Vital statistics of India. Vol. VI, European troops 1870-79
Year: 1870
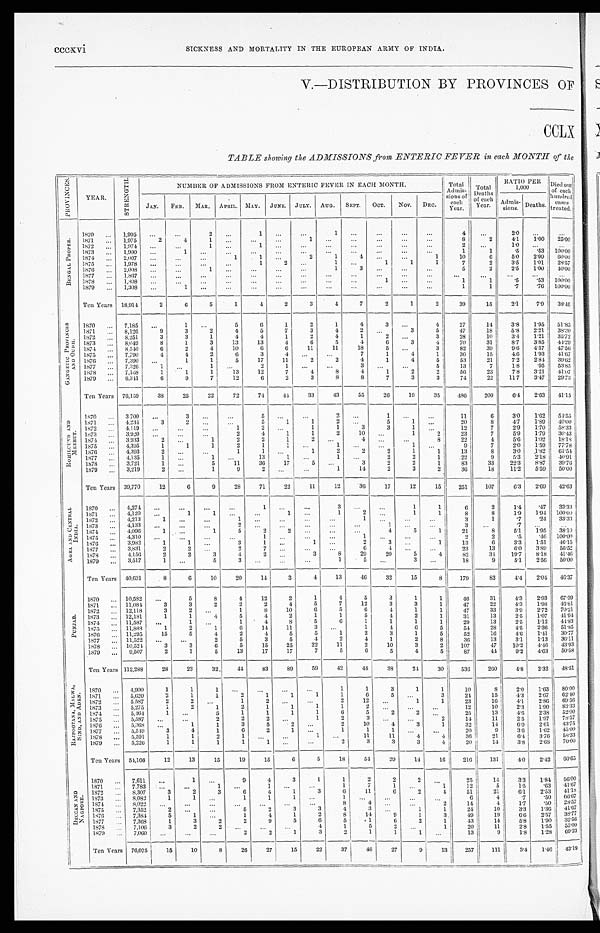
S I C K N E S S A N D MO R T A L I T Y I N T H E E U R O P E A N A R MY O F I N D I A .
V.—DISTRIBUTION BY PROVINCES OF
CCLX
TABLE showing the ADMISSIONS from ENTERIC FEVER in each MONTH of the
P R O V I N C E S .
YEAR.
S T R E N G T H .
NUMBER OF ADMISSIONS FROM ENTERIC FEVER IN EACH MONTH.
Total
Admis-
sions of e a c h
Year.
Total
D e a t h s
of
e a c h
Year.
RATIO PER
1,000
Died out
of each
hundred
cases
treated.
JAN. FEB. MAR. APRIL. MAY. JUNE. JULY. AUG. SEPT. OCT. NOV. DEC.
Admis-
sions. Deaths.
B E N G A L P R O P E R .
1870
. . . 1,995 ...
. . .
2
. . .
1
...
...
1 ...
. . .
. . .
. . .
4
. . .
2.0
. . .
. . .
1871 ... 1,975
2
4
1
. . .
. . .
...
1
. . .
. . .
. . .
. . .
. . .
8
2
4.1
1 . 0 0
2 5 . 0 0
1872
. . . 1,974
. . .
. . .
1
. . .
1
. . .
. . . ...
. . .
. . .
. . . ...
2 . . .
1 . 0
. . .
. . .
1873 ... 1,900
. . .
1
. . . ...
. . . ...
. . . ...
. . .
...
. . .
. . .
1
1
. 5
. 5 3
1 0 0 . 0 0
1874 ...
2
,007 ...
...
...
1
1 ...
2
1
4
. . .
...
1
10
6
5. 0
2 . 9 9 60.00
1875 ... 1,978 ...
...
...
. . .
1
2 ...
1
. . .
1
1
1
7 2
3 . 5
1 . 0 1
2 8 . 5 7
1876
2,008 ...
...
1
. . .
. . .
...
...
1
3
. . .
. . .
...
5
2
2.5
1.00
4 0 . 0 0
1877 ... 1,867
. . . ...
. . .
...
...
...
...
. . .
. . .
. . .
...
. . .
. . .
. . .
. . .
. . .
. . .
1878 ... 1,898
. . .
. . . ...
...
... ...
. . .
...
...
1
. . .
...
1
1
. 5
. 5 3
1 0 0 . 0 0
1879 ... 1,308 ...
1 ...
. . .
. . . ...
. . .
. . .
. . .
. . .
...
. . .
1
1
.7
.76 100.00
Ten Years 18,914
2
6
5
1
4
2
3
4
7
2
1
2
39
15
2.1
7.9 38.46
G A N G E T I C P R O V I N C E S
A N D O U D H . 1870 ... 7,185 ...
1 ...
5
6
1
2
1
4
3
. . .
4
27
1 4
3 . 8
1 . 9 5
5 1 . 8 5
1871
. . . 8,126
9
3
2
4
5
7
3
4
2
. . .
3
5
4 7 18
5.8
2 . 2 1
3 8 . 3 0
1872 ... 8,251
3
3
1
4
4
1
2
4
1
2
. . .
3 2 8 10
3 . 4
1 . 2 1
3 5 . 7 2
1873 ... 8,049
8
1
3
13
13
4
6
5
4
6
3
4
7 0 3 1
8 . 7
3 . 8 5
4 4 . 2 9
1874 ... 8,540
6
2
4
10
6
6
11
11
1 8
5
. . .
3
8 2 3 9
9 . 6
4 . 5 7 47. 56
1875 ... 7,790
4
4
2
6
3
4 ...
. . .
7
1
4
1
3 6 1 5
4.6
1 . 9 3 41. 67
1876
. . . 7,390 ...
1
1
5
17
11
2
2
4
1
4
5 5 3 2 1
7 . 2
2 . 8 4
3 9 . 6 2
1877
. . . 7,326
1 ...
1 ...
2
1
. . .
. . .
3
. . .
. . .
5
1 3 7
1 . 8
. 9 5
5 3 . 8 5
1878
. . . 7,168
1
1
1
13
12
7
4
8
4
1
2
2
5 6 2 3
7.8
3 . 2 1
4 1 . 0 7
1879 ... 6,341
6
9
7
12
6
2
3
8
8
7
3
3
74
22
11.7
3.47 29.73
Ten Years 76,159
38
25
22
72
74
44
33
43
55
26
19
35
486
200
6.4 2.63 4 1 . 1 5
R O H I L C U N D A N D
MEERUT.
1870
. . . 3,700
. . .
3 ...
. . .
5
. . .
. . .
2
. . .
1
. . .
. . .
11
6
3 . 0
1 . 6 2
5 4 . 5 5
1871 ... 4,234
3
2 ...
. . .
5
1
1
2
. . .
5
1 ...
2 0 8
4 . 7
1 . 8 9
4 0 . 0 0
1872
. . . 4,119 ...
...
...
1
2 ...
1
1
3
3
1
...
1 2 7
2 . 9
1 . 7 0
5 8 . 3 3
1873
. . . 3,920 ...
. . .
. . .
2
4 1
1
2
10
. . .
1 2
2 3 7
5.9
1.79
3 0 . 4 3
1874 ... 3,933
2
. . .
1
2
2
1
2
. . .
4 ...
. . .
8
22
4
5.6 1.02
1 8 . 1 8
1875 ... 4,395
1
1
1
2
1
1
. . . 1
. . .
. . .
1
. . .
9 7
2 . 0 1.59
7 7 . 7 8
1876 ... 4,393
2 ...
...
1
1
. . . 1
2
2
2
1
1
1 3
8
3 . 0
1 . 8 2
6 1 . 5 4
1877 ... 4,135
1
. . .
1
. . . 13
1 ...
1
. . .
2
2
1
2 2 9
5 . 3
2 . 1 8
4 0 . 9 1
1878
. . . 3,721
1 ...
5
11
36
17
5
. . .
3
2
2
1
8 3 3 3
2 2 . 3
8 . 8 7
3 9 . 7 6
1879 ... 3,219
2 ...
1
9
2
. . . ...
1
14
2
3
2
36
18
11.2 5.59 50. 00
Ten Years 39,770
12
6
9
28
71
22
11
12
36
17
12
15
251
107
6.3 2.69 42. 63
A G R A A N D C E N T R A L
I N D I A . 1870 ... 4,274
. . .
...
...
...
1
. . .
...
3
...
. . .
1
1
6
2
1 . 4
. 4 7
3 3 . 3 3
1871 ... 4,120
. . .
1
1 ...
...
1
...
1
2
. . .
1 1
8
8
1 . 9
1 . 9 4
1 0 0 . 0 0
1872 ... 4,213
1 ...
...
1
. . . ...
...
. . .
1
. . .
. . .
. . .
3
1
. 7 .24
3 3 . 3 3
1873 ... 4,133
. . .
... ...
2
. . . ...
...
. . .
. . .
1
. . . ...
3
. . .
.7
. . .
. . .
1874
. . . 4,096
1
. . .
1
5
2 2
...
. . . ...
4
5
1
2 1 8
5 . 1
1 . 9 5
3 8 . 1 0
1875 ... 4,310 ...
. . .
...
...
1 ...
. . .
. . .
1
. . .
. . .
. . . 2 2
. 5
. 4 6
1 0 0 . 0 0
1876 ... 3,982
1
1 ...
3
1
...
1
...
2
3
...
1
1 3
6
3 . 3
1 . 5 1
4 6 . 1 5
1877 ... 3,831
2
2 ...
2
7 ...
...
. . .
6
4
. . .
. . . 2 3 1 3
6 . 0
3 . 8 9
5 6 . 5 2
1878 ... 4,156
2
2
3
4
2 ...
3
8
29
2 0
5
4
8 2 3 4
1 9 . 7
8 . 1 8
4 1 . 4 6
1879 ... 3,517
1
. . .
5
3
. . .
. . .
. . .
1
5 ...
3 ...
18
9
5.1 2.56 50. 00
Ten Years 40,631
8
6
10
20
14
3
4
13
46
32
15
8
179
83
4.4 2.04 46. 37
P U N J A B .
1870
. . . 10,582 ...
5
8
4
12
2
1
4
5
3
1
1
46
3 1
4 . 3
2 . 9 3
6 7 . 3 9
1871 ... 11,084
3
3
2
2
2
4
5
7
12
3
3
1
47
2 2
4 . 3
1 . 9 8
4 6 . 8 1
1872
. . . 12,118
3
2
. . . 1
8
10
6
5
6
4
1
1
47
3 3
3 . 9
2 . 7 2
7 0 . 2 1
1873 ... 12,181
1
1
4 5
4
2
1
1
5
4
2
1
3 1 1 3
2 . 5
1 . 0 7
4 1 . 9 4
1874 ... 11,587 ...
1 ...
1
4
8
5
6
1
1
1
1
2 9 13
2.5
1 . 1 2
4 4 . 8 3
1875 ... 11,888
1
2
1
6
14
11
3
. . .
1
4
6
5 5 4 2 8
4 . 5
2 . 3 6
5 1 . 8 5
1876 ... 11,295
15
5
4
2
4
5
5
1
2
3
1
5
52
1 6
4 . 6
1 . 4 1
3 0 . 7 7
1877
. . . 11,522
. . .
...
2
5
3
5
4
2
4
1
2
8
3 6 13
3 . 1
1 . 1 3
3 6 . 1 1
1878
. . . 10,524
3
3
6
5
15
25
22
11
2
10
3
2
1 0 7 4 7
1 0 . 2
4 . 4 6
4 3 . 9 3
1879 ... 9,507
2
1
5
13
17
17
7
5
6
5
4
5
87
44
9.2 4.63 50. 58
Ten Years 112,288
28
23
32
44
83
89
59
42
44
38
24
30
536
260
4.8 2.32 4 8 . 5 1
R A J P O O T A N A , M A L W A ,
S I N D , A N D A D E N . 1870
. . . 4,900
1
1
1
. . .
. . .
...
...
1
1
3
1
1
10
8
2 . 0
1.63
8 0 . 0 0
1871 ... 5,620
2
1
1
2
1
1
1
1
6
5
. . .
3
2 4 1 5
4 . 3
2 . 6 7
6 2 . 4 0
1872
. . . 5,587
2
2 ...
1
2 ...
...
2
12
. . .
1 1
23
1 6 4.1 2.86
6 9 . 5 6
1873 ... 5,275
1
2
1
2
1
1 1
1
2 ...
. . .
. . .
1 2 1 0
2 . 3
1 . 9 0
8 3 . 3 3
1874
. . . 5,464
1 ...
5
1
1
1
1
6
5
2
2
. . .
2 5 1 3
4 . 6
2 . 3 8
5 2 . 0 0
1875
. . . 5,587 ...
. . .
2
2
2
. . . 1
2
3
. . .
. . .
2
1 4 1 1
2 . 5
1 . 9 7
7 8 . 5 7
1876 ... 5,368 ...
1
1
3
5
2
. . . 2
10
4
3
1
3 2 1 4
6 . 0
2 . 6 1
4 3 . 7 5
1877
. . . 5,549
3
4
1
6
2
1 ...
1
1
1
. . .
. . . 2 0 9
3 . 6
1 . 6 2
4 5 . 0 0
1878 ... 5,591
1
1
2
1 ...
. . . 1
. . .
11
11
4
4
3 6 2 1
6 . 4
3 . 7 6
5 8 . 3 3
1879 ... 5,226
1
1
1
1
1 ...
. . . 2
3
3
3
4
20
14
3.8 2.68 70. 00
Ten Years 54,166
12
13
15
19
15
6
5
18
54
29
14
16
216
131
4.0 2 . 4 2
60. 65
D E C C A N A N D
N A G P O R E .
1870 ... 7,611 ...
1
...
9
4
3
1
1
2
2
2 ...
25
1 4
3 . 3
1.84
5 6 . 0 0
1871
. . . 7,783
. . . ... 1
. . .
1
. . .
. . . 1
7
1
. . .
1
1 2 5
1 . 5
. 6 3
4 1 . 6 7
1872 ... 8,307
3
2
3
6
4
1
3
6
1 1
6
2
4
5 1 2 1
6 . 1
2 . 5 3
4 1 . 1 8
1873 ... 8,082
1
1
. . . 1
1
1 ...
1
. . .
. . .
. . .
. . . 6 4
. 7
. 5 0
6 6 . 6 7
1874
. . . 8,022
. . .
. . .
...
. . .
. . .
. . .
...
8
4
...
. . . 2
1 4
4
1 . 7
. 5 0
2 8 . 5 7
1875 ... 7,352
2
. . .
. . .
5
2
3 3
4
3
. . .
1
1 2 4 1 0
3 . 3
1 . 3 6
4 1 . 6 7
1876
. . . 7,384
5
1 ...
1
4
1
2
8
1 4 9
1
3 4 9 1 9
6 . 6
2 . 5 7
3 8 . 7 7
1877
. . . 7,368
1
3
2
2
9
5
6
5
1
6
2
1 4 3 1 4
5 . 8
1 . 9 0
3 2 . 5 6
1878
. . . 7,106
3
2
2 . . .
. . .
. . . 4
1
5
2
. . .
1
2 0 11
2 . 8
1 . 5 5
5 5 . 0 0
1879
. . . 7,060 ...
...
...
2
2
1 3
2
1
1
1
. . .
13
9
1.8 1.28 69. 23
Ten Years 76,075
15
10
8
26
27
15
22
37
48
27
9
13
257
111
3.4
1.46
4 3 . 1 9